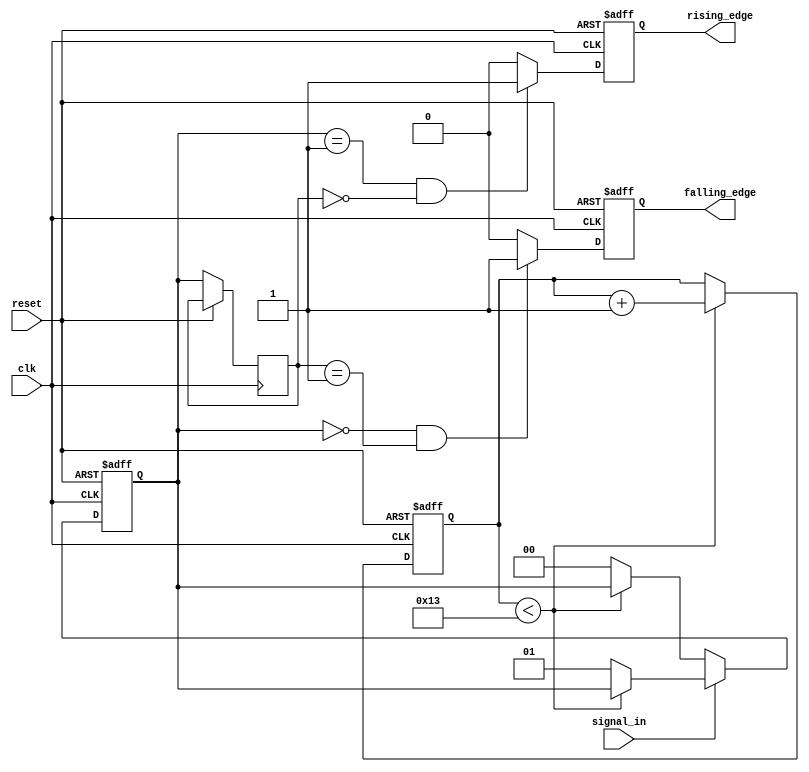
module debounced_edge_detector #(
    parameter DEBOUNCE_TIME = 20 // Number of clock cycles for debounce
)(
    input wire clk,               // Clock signal
    input wire reset,             // Asynchronous reset
    input wire signal_in,         // Noisy input signal
    output reg rising_edge,       // Rising edge output
    output reg falling_edge       // Falling edge output
);

    reg [1:0] state;              // State register to store current and previous states
    reg [1:0] current_state;      // Current stable state of the input
    reg [DEBOUNCE_TIME-1:0] debounce_counter; // Counter for debounce timing

    // State encoding
    localparam STABLE_LOW  = 2'b00;
    localparam STABLE_HIGH = 2'b01;
    localparam TRANSITION  = 2'b10;

    // Debounce logic
    always @(posedge clk or posedge reset) begin
        if (reset) begin
            current_state <= STABLE_LOW; // Initialize to stable low
            debounce_counter <= 0;
            rising_edge <= 0;
            falling_edge <= 0;
        end else begin
            // Check for stable state
            if (signal_in == 1'b1) begin
                if (debounce_counter < DEBOUNCE_TIME - 1) begin
                    debounce_counter <= debounce_counter + 1;
                end else begin
                    current_state <= STABLE_HIGH; // Update to stable high
                end
            end else begin
                if (debounce_counter < DEBOUNCE_TIME - 1) begin
                    debounce_counter <= debounce_counter + 1;
                end else begin
                    current_state <= STABLE_LOW; // Update to stable low
                end
            end

            // Edge detection logic
            if (current_state == STABLE_HIGH && state == STABLE_LOW) begin
                rising_edge <= 1'b1; // Rising edge detected
            end else begin
                rising_edge <= 1'b0; // Reset rising edge
            end

            if (current_state == STABLE_LOW && state == STABLE_HIGH) begin
                falling_edge <= 1'b1; // Falling edge detected
            end else begin
                falling_edge <= 1'b0; // Reset falling edge
            end

            // Update previous state
            state <= current_state;
        end
    end
endmodule